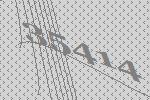
35414